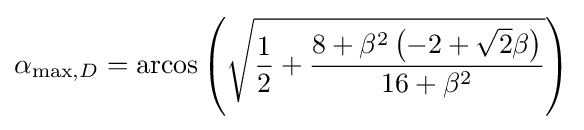
\alpha _{{\text{max}},D}={\text{arcos}}\left({\sqrt {{\frac {1}{2}}+{\frac {8+\beta ^{2}\left(-2+{\sqrt {2}}\beta \right)}{16+\beta ^{2}}}}}\right)